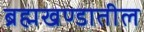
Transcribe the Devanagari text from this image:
ब्रह्मखण्डातील